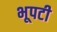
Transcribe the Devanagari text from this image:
भूपटी